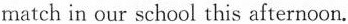
match in our school this afternoon.